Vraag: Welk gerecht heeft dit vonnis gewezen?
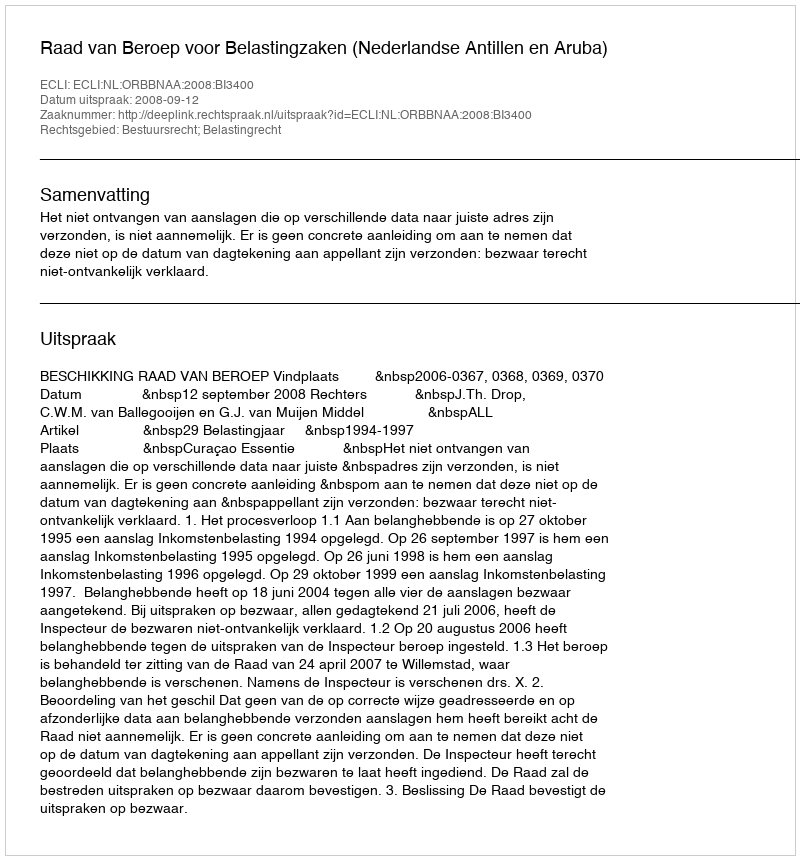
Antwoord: Raad van Beroep voor Belastingzaken (Nederlandse Antillen en Aruba)